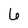
Character: 6